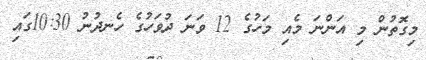
މިގޮތުން މި އަންނަ މެއި މަހުގެ 12 ވަނަ ދުވަހުގެ ހެނދުނު 10:30ގައި